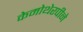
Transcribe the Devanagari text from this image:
केमोथेरपीने